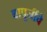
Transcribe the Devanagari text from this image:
बापूजींचे